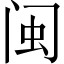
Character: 闽